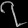
Digit: ၇